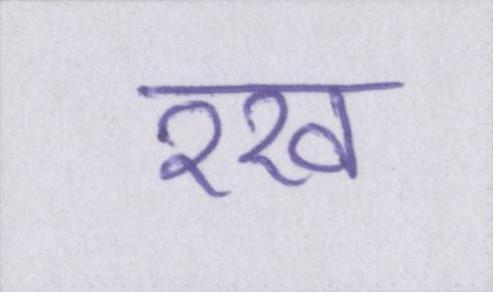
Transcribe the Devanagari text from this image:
रख